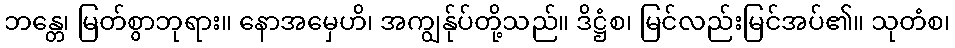
ဘန္တေ၊ မြတ်စွာဘုရား။ နောအမှေဟိ၊ အကျွန်ုပ်တို့သည်။ ဒိဋ္ဌံစ၊ မြင်လည်းမြင်အပ်၏။ သုတံစ၊